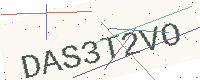
Text: DAS3T2VO